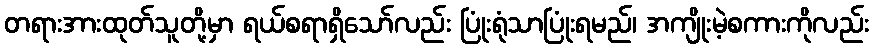
တရားအားထုတ်သူတို့မှာ ရယ်စရာရှိသော်လည်း ပြုံးရုံသာပြုံးရမည်၊ အကျိုးမဲ့စကားကိုလည်း